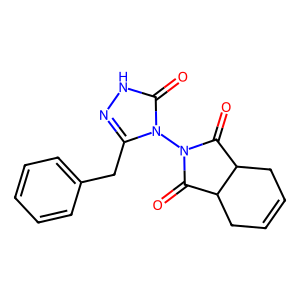
SMILES: O=C1C2CC=CCC2C(=O)N1n1c(Cc2ccccc2)n[nH]c1=O
Inhibits HIV replication: No